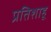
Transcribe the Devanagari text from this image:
प्रतिशाहू